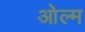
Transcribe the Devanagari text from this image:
ओल्म